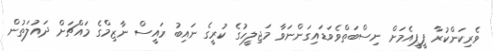
ވެރިކަންކުރާ ޕީޕީއެމަށް ނިސްބަތްވެވަޑައިގަންނަވާ މަޖިލީހުގެ ކުރީގެ ނައިބު ރައީސް ނާޒިމްގެ މައްޗަށް ދައުލަތުން